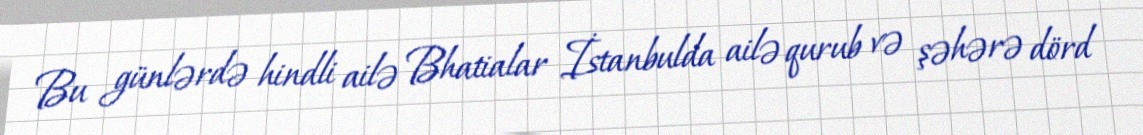
Bu günlərdə hindli ailə Bhatialar İstanbulda ailə qurub və şəhərə dörd